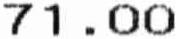
71.00